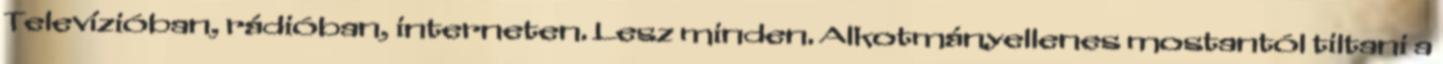
Televízióban, rádióban, interneten. Lesz minden. Alkotmányellenes mostantól tiltani a